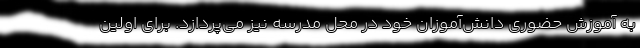
به آموزش حضوری دانش‌آموزان خود در محل مدرسه نیز می‌پردازد. برای اولین